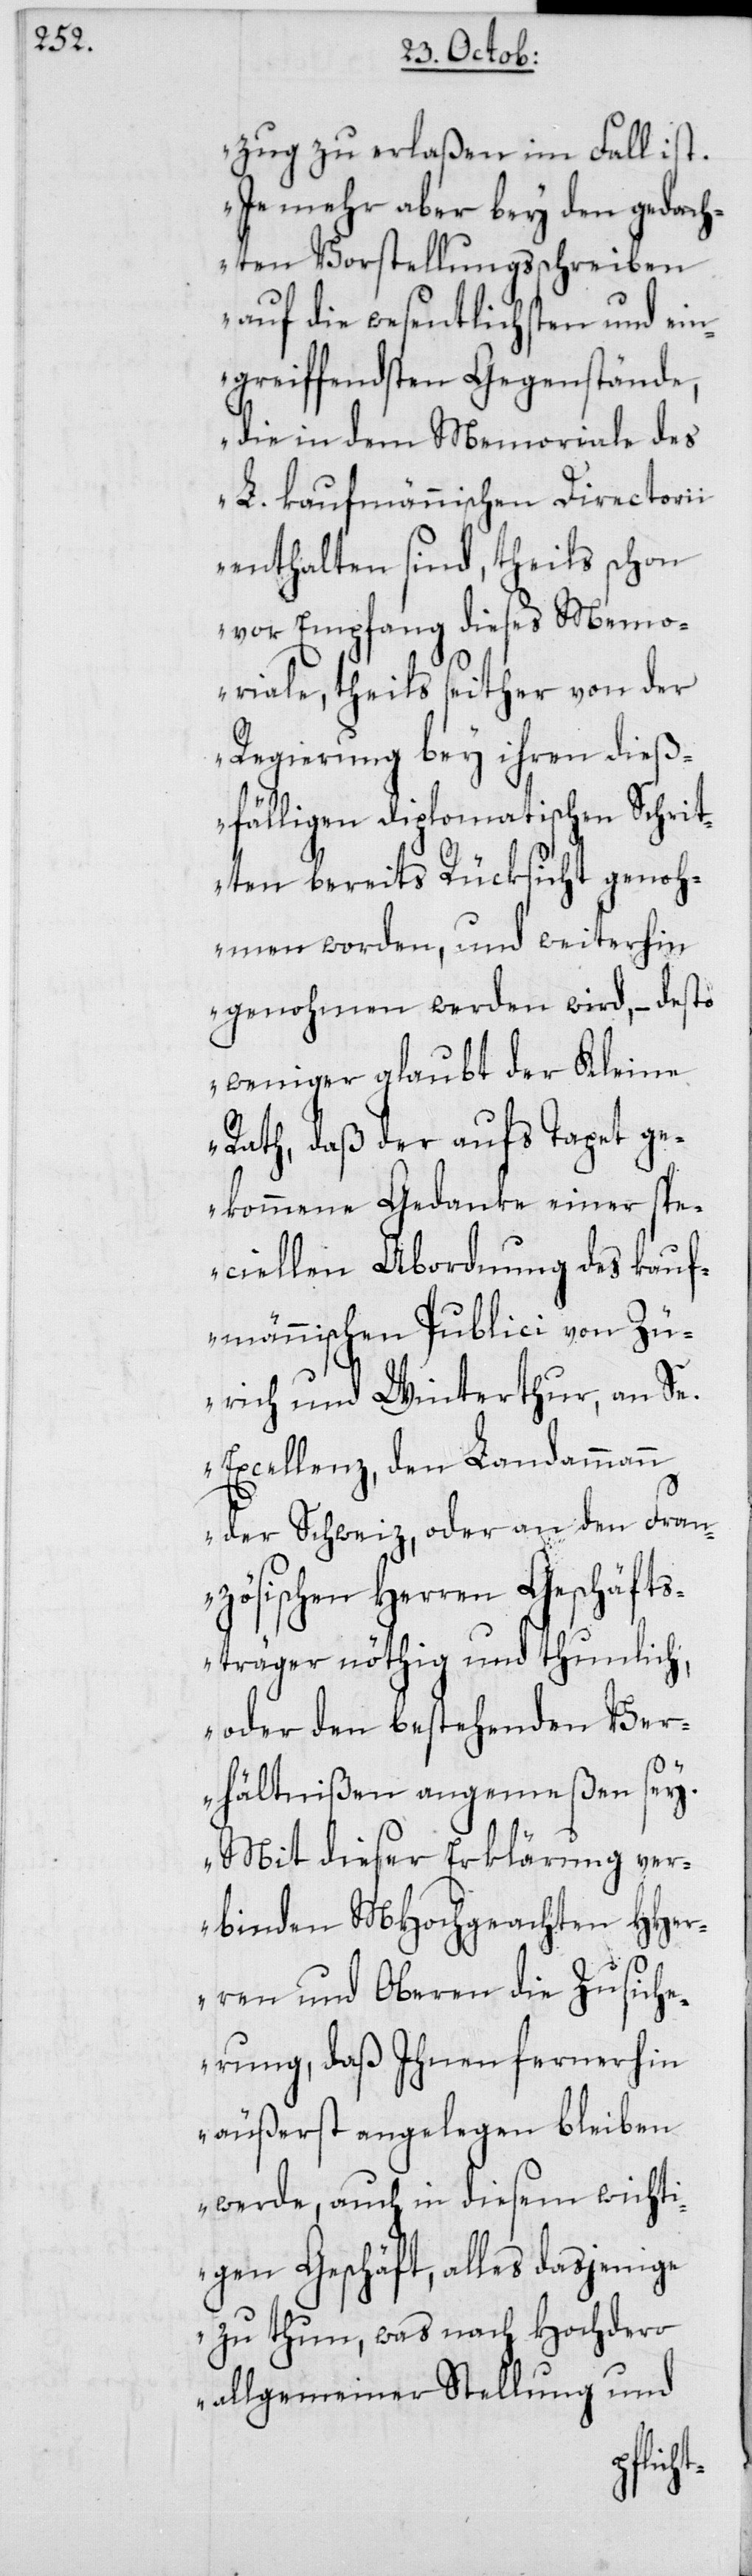
zug zu erlaßen im Fall ist.
Je mehr aber bey den gedach¬
ten Vorstellungsschreiben
auf die wesentlichsten und ei¬
ngreiffendsten Gegenstände,
die in dem Memoriale des
L. kaufmännischen Directorii
enthalten sind, theils schon
vor Empfang dieses Memo¬
riale, theils seither von der
Regierung bey ihren dieß¬
fälligen Diplomatischen Schrit¬
ten bereits Rücksicht genoh¬
men worden, und weiterhin
genohmen werden wird, – desto
weniger glaubt der Kleine
Rath, daß der aufs Tapet ge¬
kommene Gedanke einer spe¬
ciellen Abordnung des kauf¬
männischen Publici von Zü¬
rich und Winterthur, an Se.
Excellenz, den Landammann
der Schweiz, oder an den Fran¬
zösischen Herren Geschäfts¬
träger nöthig und tunlich,
oder den bestehenden Ver¬
hältnißen angemeßen sey.
Mit dieser Erklärung ver¬
binden MHochgeachten HHer¬
ren und Oberen
erung, daß Ihnen
mein¬
äußerst angelegen
werde, auch in diesem
igen Geschäft, alles
zu thun, was nach
ellung
und
allge¬